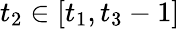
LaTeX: t_{2}\in[t_{1},t_{3}-1]